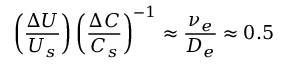
\left( \frac { \Delta U } { U _ { s } } \right) \left( \frac { \Delta C } { C _ { s } } \right) ^ { - 1 } \approx \frac { \nu _ { e } } { D _ { e } } \approx 0 . 5